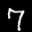
Label: 7